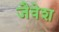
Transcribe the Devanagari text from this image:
जैवेश